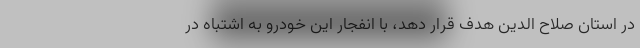
در استان صلاح الدین هدف قرار دهد، با انفجار این خودرو به اشتباه در